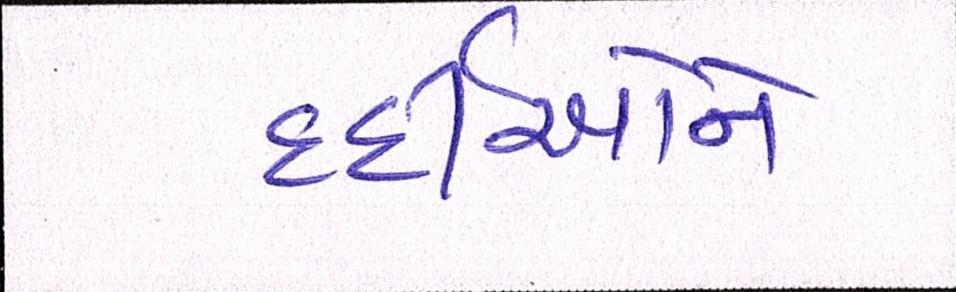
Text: દર્દીઓને